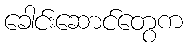
ခေါင်းဆောင်တွေက